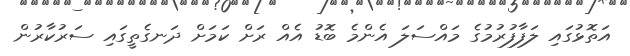
އަތޮޅުގައި ލަފާފުރުމުގެ މައްސަލަ އެންމެ ބޮޑު އެއް ރަށް ކަމަށް ދަނގެތީގައި ސަރުކާރުން